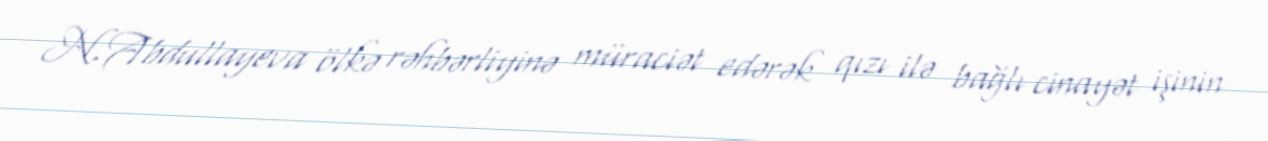
N.Abdullayeva ölkə rəhbərliyinə müraciət edərək qızı ilə bağlı cinayət işinin